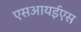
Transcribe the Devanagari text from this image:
एसआयईएस